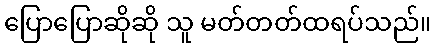
ပြောပြောဆိုဆို သူ မတ်တတ်ထရပ်သည်။